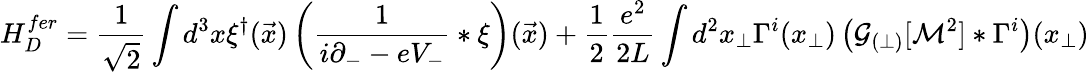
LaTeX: H_{D}^{fer}=\frac{1}{\sqrt{2}}\int d^{3}x\xi^{\dagger}(\vec{x})\left(\frac{1}{i\partial_{-}-eV_{-}}\ast\xi\right)(\vec{x})+\frac 12\frac{e^{2}}{2L}\int d^{2}x_{\perp}\Gamma^{i}(x_{\perp})\left({\cal G}_{(\perp)}[{\cal M}^{2}]\ast\Gamma^{i}\right)(x_{\perp})